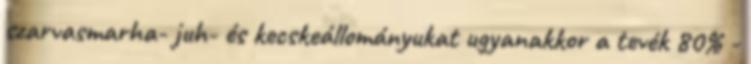
szarvasmarha- juh- és kecskeállományukat ugyanakkor a tevék 80% -